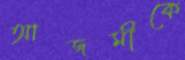
আজমীকে